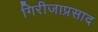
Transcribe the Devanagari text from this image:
गिरीजाप्रसाद